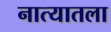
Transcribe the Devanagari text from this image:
नात्यातला